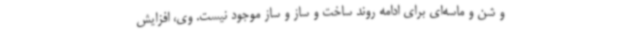
و شن و ماسه‌ای برای ادامه روند ساخت و ساز و ساز موجود نیست. وی، افزایش